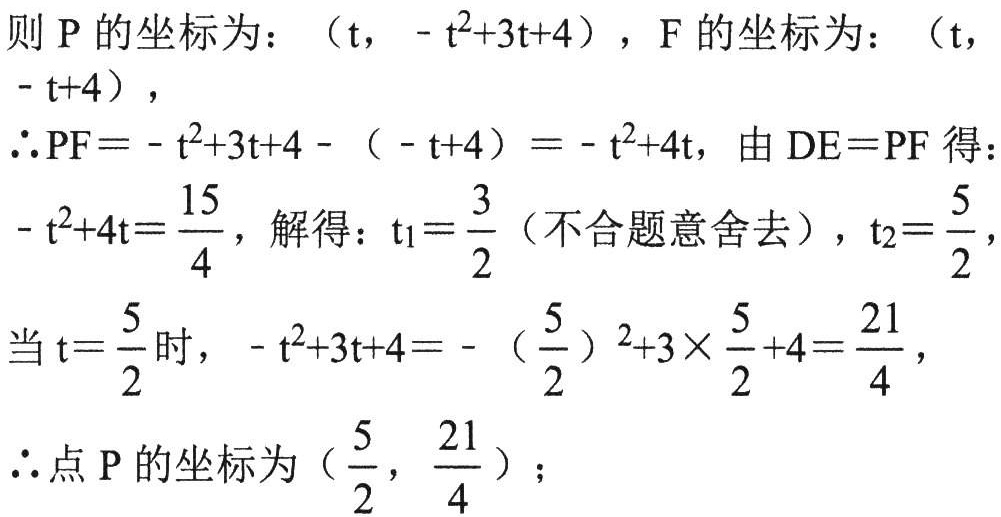
则 \(P\)的坐标为：\((t, -t^{2}+3t + 4)\)，\(F\)的坐标为：\((t, -t + 4)\)，
\(\therefore PF=-t^{2}+3t + 4-(-t + 4)=-t^{2}+4t\)，由 \(DE = PF\)得：
\(-t^{2}+4t=\frac{15}{4}\)，解得：\(t_{1}=\frac{3}{2}\)（不合题意舍去），\(t_{2}=\frac{5}{2}\)，
当 \(t = \frac{5}{2}\)时，\(-t^{2}+3t + 4=-\left(\frac{5}{2}\right)^{2}+3\times\frac{5}{2}+4=\frac{21}{4}\)，
\(\therefore\)点 \(P\)的坐标为\((\frac{5}{2},\frac{21}{4})\)；